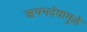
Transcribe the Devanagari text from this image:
ऋषभदेवामुळे